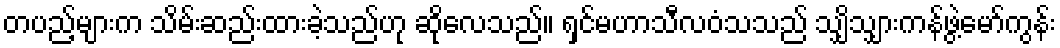
တပည့်များက သိမ်းဆည်းထားခဲ့သည်ဟု ဆိုလေသည်။ ရှင်မဟာသီလဝံသသည် သျှိသျှားကန်ဖွဲ့မော်ကွန်း